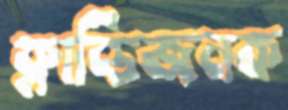
ক্লান্তিজনক